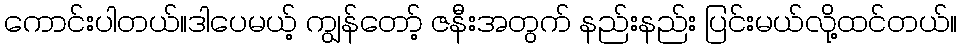
ကောင်းပါတယ်။ဒါပေမယ့် ကျွန်တော့် ဇနီးအတွက် နည်းနည်း ပြင်းမယ်လို့ထင်တယ်။